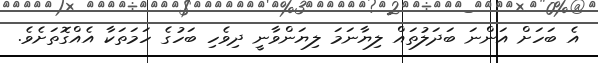
އެ ބަހަށް އަންނަ ބަދަލުތައް ލިޔާނަމަ ލިޔަންވާނީ ދިވެހި ބަހުގެ ހަމަތަކާ އެއްގޮތަށެވެ.